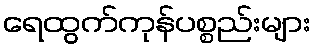
ရေထွက်ကုန်ပစ္စည်းများ